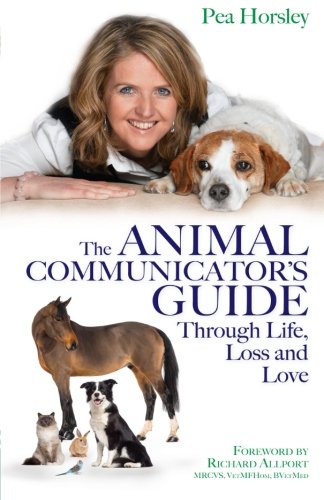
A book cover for Animal Communicator's Guide Through Life, Loss and Love, The; Pea Horsley; Crafts, Hobbies & Home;